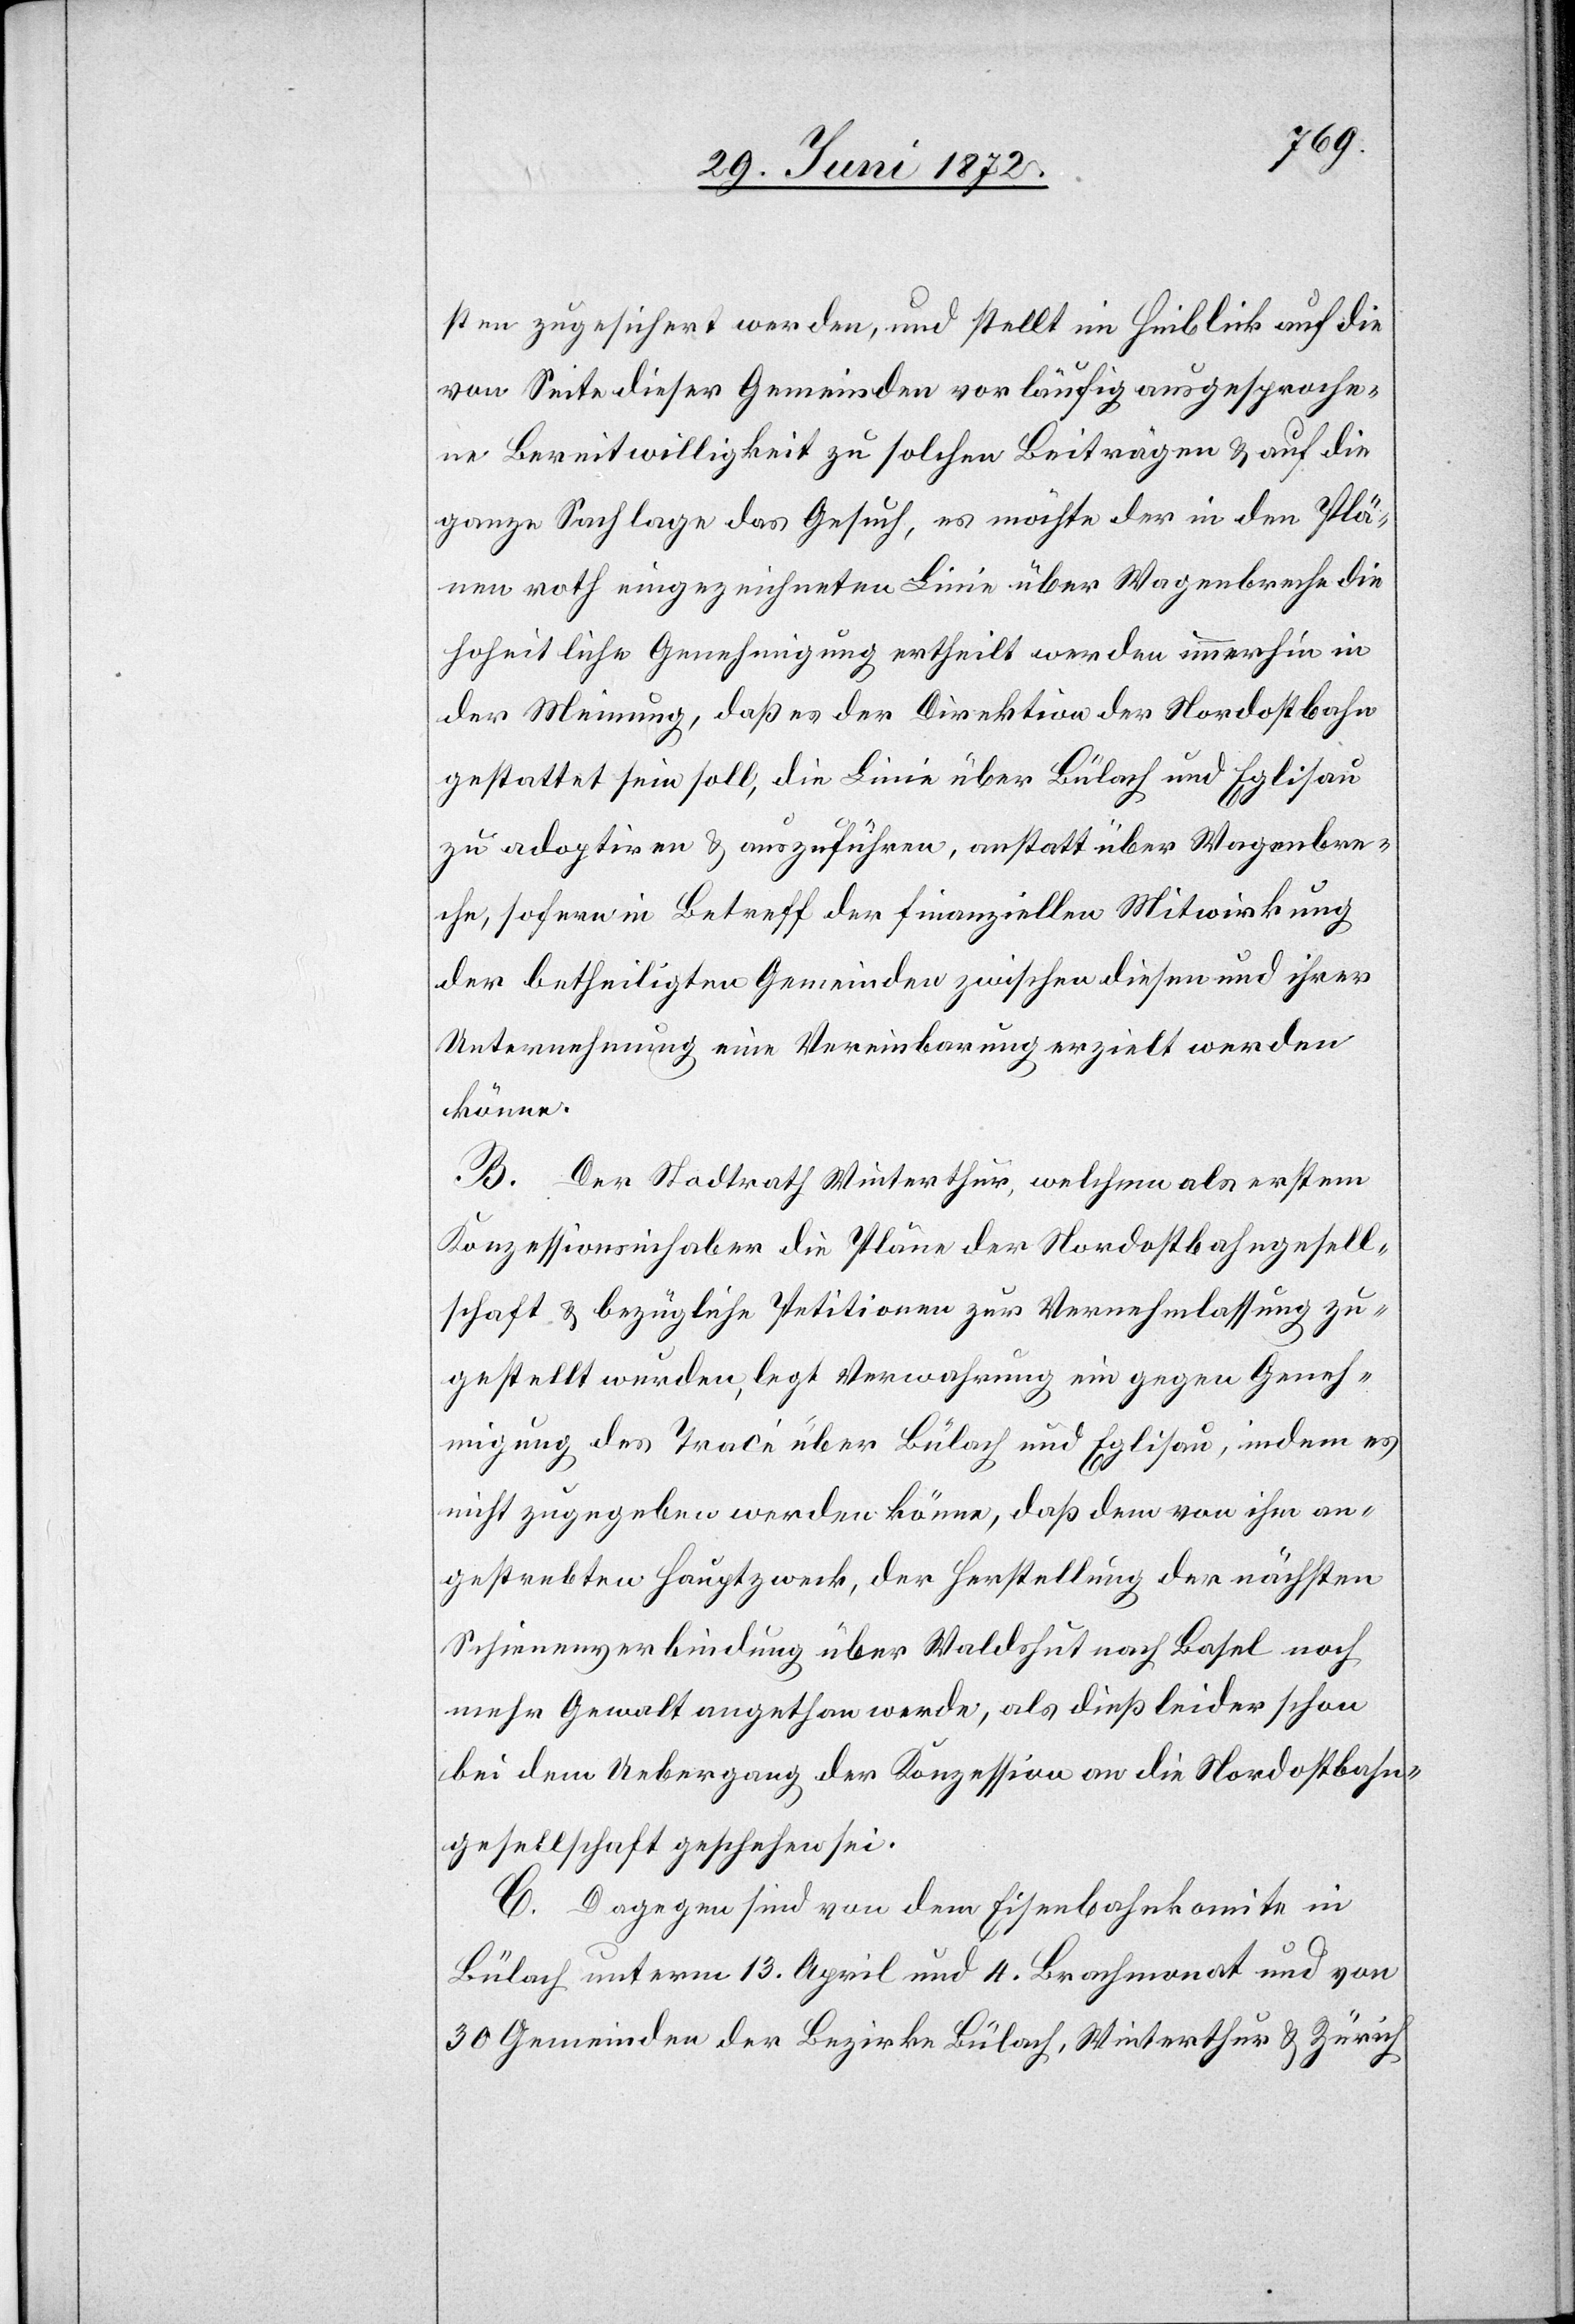
sten zugesichert werden, und stellt im Hinblick auf die
von Seite dieser Gemeinden vorläufig ausgesproche¬
ne Bereitwilligkeit zu solchen Beiträgen u. auf die
ganze Sachlage das Gesuch, es möchte der in den Plä¬
nen roth eingezeichneten Linie über Wagenbreche die
hoheitliche Genehmigung ertheilt werden immerhin in
der Meinung, daß es der Direktion der Nordostbahn
gestattet sein soll, die Linie über Bülach und Eglisau
zu adoptiren u. auszuführen, anstatt über Wagenbre¬
che, sofern in Betreff der finanziellen Mitwirkung
der betheiligten Gemeinden zwischen diesen und ihrer
Unternehmung eine Vereinbarung erzielt werden
könne.
B. Der Stadtrath Winterthur, welchem als erstem
Konzessionsinhaber die Pläne der Nordostbahngesell¬
schaft u. bezügliche Petitionen zur Vernehmlassung zu¬
gestellt wurden, legt Verwahrung ein gegen Geneh¬
migung des Tracé über Bülach und Eglisau, indem es
nicht zugegeben werden könne, daß dem von ihm an¬
gestrebten Hauptzwecke, der Herstellung der nächsten
Schienenverbindung über Waldshut nach Basel noch
mehr Gewalt angethan werde, als dieß leider schon
bei dem Uebergang der Konzession an die Nordostbahn¬
gesellschaft geschehen sei.
C. Dagegen sind von dem Eisenbahnkomite in
Bülach unterm 13. April und 4. Brachmonat und von
30 Gemeinden der Bezirke Bülach, Winterthur u. Zürich